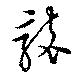
襲